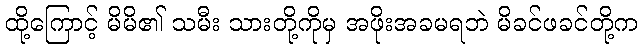
ထို့ကြောင့် မိမိ၏ သမီး သားတို့ကိုမှ အဖိုးအခမရဘဲ မိခင်ဖခင်တို့က